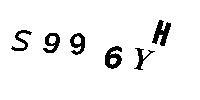
S996YH